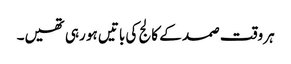
ہر وقت صمد کے کالج کی باتیں ہو رہی تھیں۔